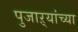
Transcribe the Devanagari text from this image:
पुजाऱ्यांच्या